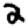
Digit: 2